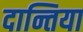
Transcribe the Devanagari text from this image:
दान्तिया